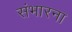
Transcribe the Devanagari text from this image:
संभारना